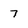
Character: 7